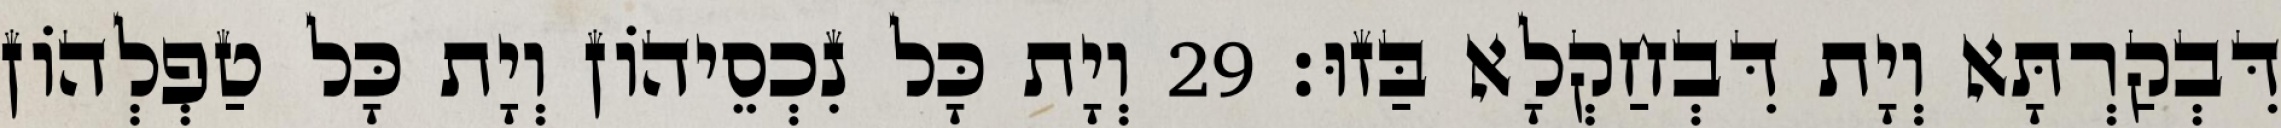
דִּבְקַרְתָּא וְיָת דִּבְחַקְלָא בַּזוּ׃ 29 וְיָת כָּל נִכְסֵיהוֹן וְיָת כָּל טַפְלְהוֹן